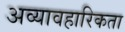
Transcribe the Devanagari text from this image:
अव्यावहारिकता